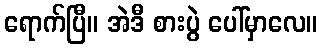
ရောက်ပြီ။ အဲဒီ စားပွဲ ပေါ်မှာလေ။